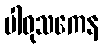
ပါဝုသကေန